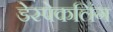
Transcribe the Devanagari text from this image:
डेस्पेकलिंग